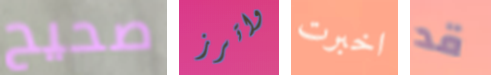
صحيح واترز اخبرت قد